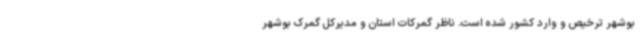
بوشهر ترخیص و وارد کشور شده است. ناظر گمرکات استان و مدیرکل گمرک بوشهر